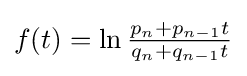
{\textstyle f(t)=\ln {\frac {p_{n}+p_{n-1}t}{q_{n}+q_{n-1}t}}}